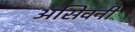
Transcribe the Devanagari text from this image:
असिवनी